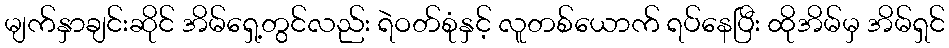
မျက်နှာချင်းဆိုင် အိမ်ရှေ့တွင်လည်း ရဲဝတ်စုံနှင့် လူတစ်ယောက် ရပ်နေပြီး ထိုအိမ်မှ အိမ်ရှင်